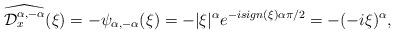
LaTeX: \begin{align*}\widehat{\mathcal{D}_{x}^{\alpha ,-\alpha }}(\xi )=-\psi _{\alpha ,-\alpha}(\xi )=-|\xi |^{\alpha }e^{-isign(\xi )\alpha \pi /2}=-(-i\xi )^{\alpha },\end{align*}